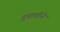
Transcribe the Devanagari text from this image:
गुंफणीने